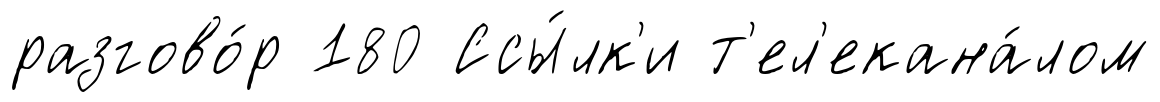
разгово́р 180 Ссы́лк'и т'ел'екана́лом